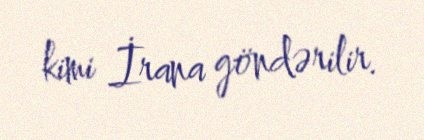
kimi İrana göndərilir.